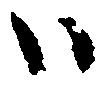
ハ